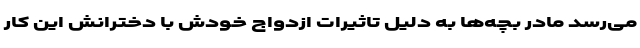
می‌رسد مادر بچه‌ها به دلیل تاثیرات ازدواج خودش با دخترانش این کار